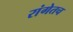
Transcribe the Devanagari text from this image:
रांगेतच